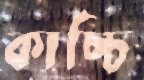
কাচ্চি